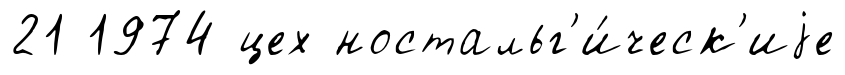
21 1974 цех ностальг'и́ческ'иjе